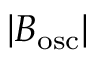
\lvert B _ { \mathrm { o s c } } \rvert